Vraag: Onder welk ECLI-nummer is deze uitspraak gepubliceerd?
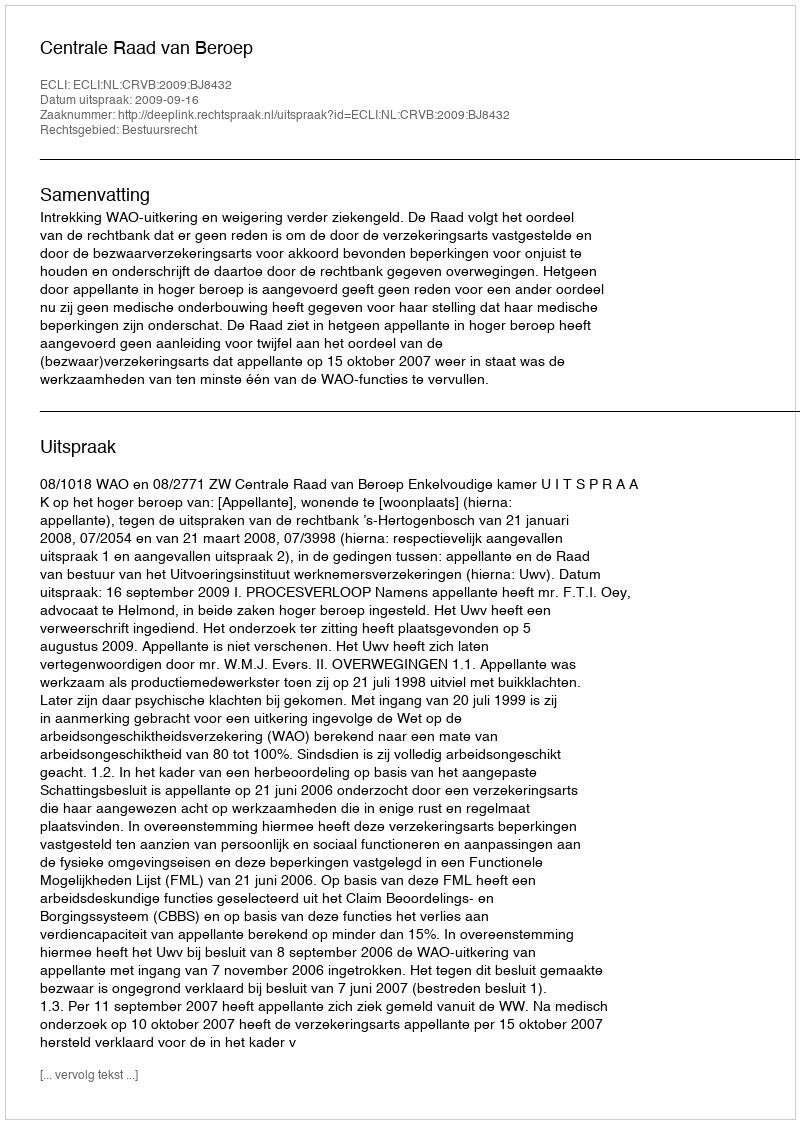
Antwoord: ECLI:NL:CRVB:2009:BJ8432